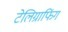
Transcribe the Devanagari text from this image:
टेलिग्राफिंग